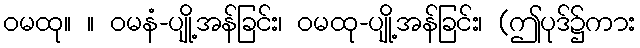
ဝမထု။ ။ ဝမနံ-ပျို့အန်ခြင်း၊ ဝမထု-ပျို့အန်ခြင်း၊ (ဤပုဒ်၌ကား